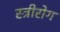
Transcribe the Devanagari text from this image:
स्‍त्रीरोग